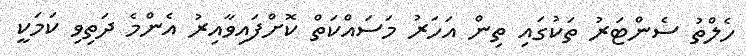
ހެލްތު ސެންޓަރު ތަކުގައި ތިން އަހަރު މަސައްކަތް ކޮށްފައިވާއިރު އެންމެ ދަތިވި ކަމަކީ